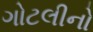
ગોટલીનો